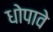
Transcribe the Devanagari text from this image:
धोपावे